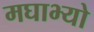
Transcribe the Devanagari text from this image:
मघाभ्यो